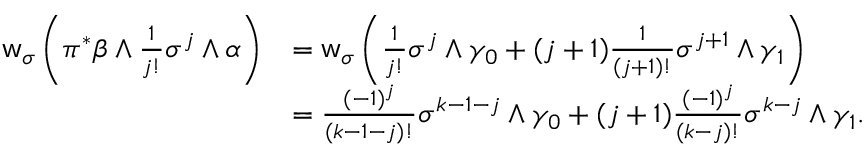
\begin{array} { r l } { \mathsf { w } _ { \sigma } \left( \pi ^ { \ast } \beta \wedge \frac { 1 } { j ! } \sigma ^ { j } \wedge \alpha \right) } & { = \mathsf { w } _ { \sigma } \left( \frac { 1 } { j ! } \sigma ^ { j } \wedge \gamma _ { 0 } + ( j + 1 ) \frac { 1 } { ( j + 1 ) ! } \sigma ^ { j + 1 } \wedge \gamma _ { 1 } \right) } \\ & { = \frac { ( - 1 ) ^ { j } } { ( k - 1 - j ) ! } \sigma ^ { k - 1 - j } \wedge \gamma _ { 0 } + ( j + 1 ) \frac { ( - 1 ) ^ { j } } { ( k - j ) ! } \sigma ^ { k - j } \wedge \gamma _ { 1 } . } \end{array}